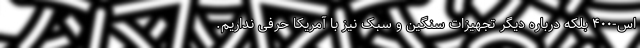
اس-۴۰۰ بلکه درباره دیگر تجهیزات سنگین و سبک نیز با آمریکا حرفی نداریم.